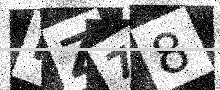
Text: FZ78